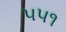
૫૫૧